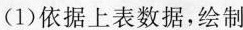
(1)依据上表数据，绘制